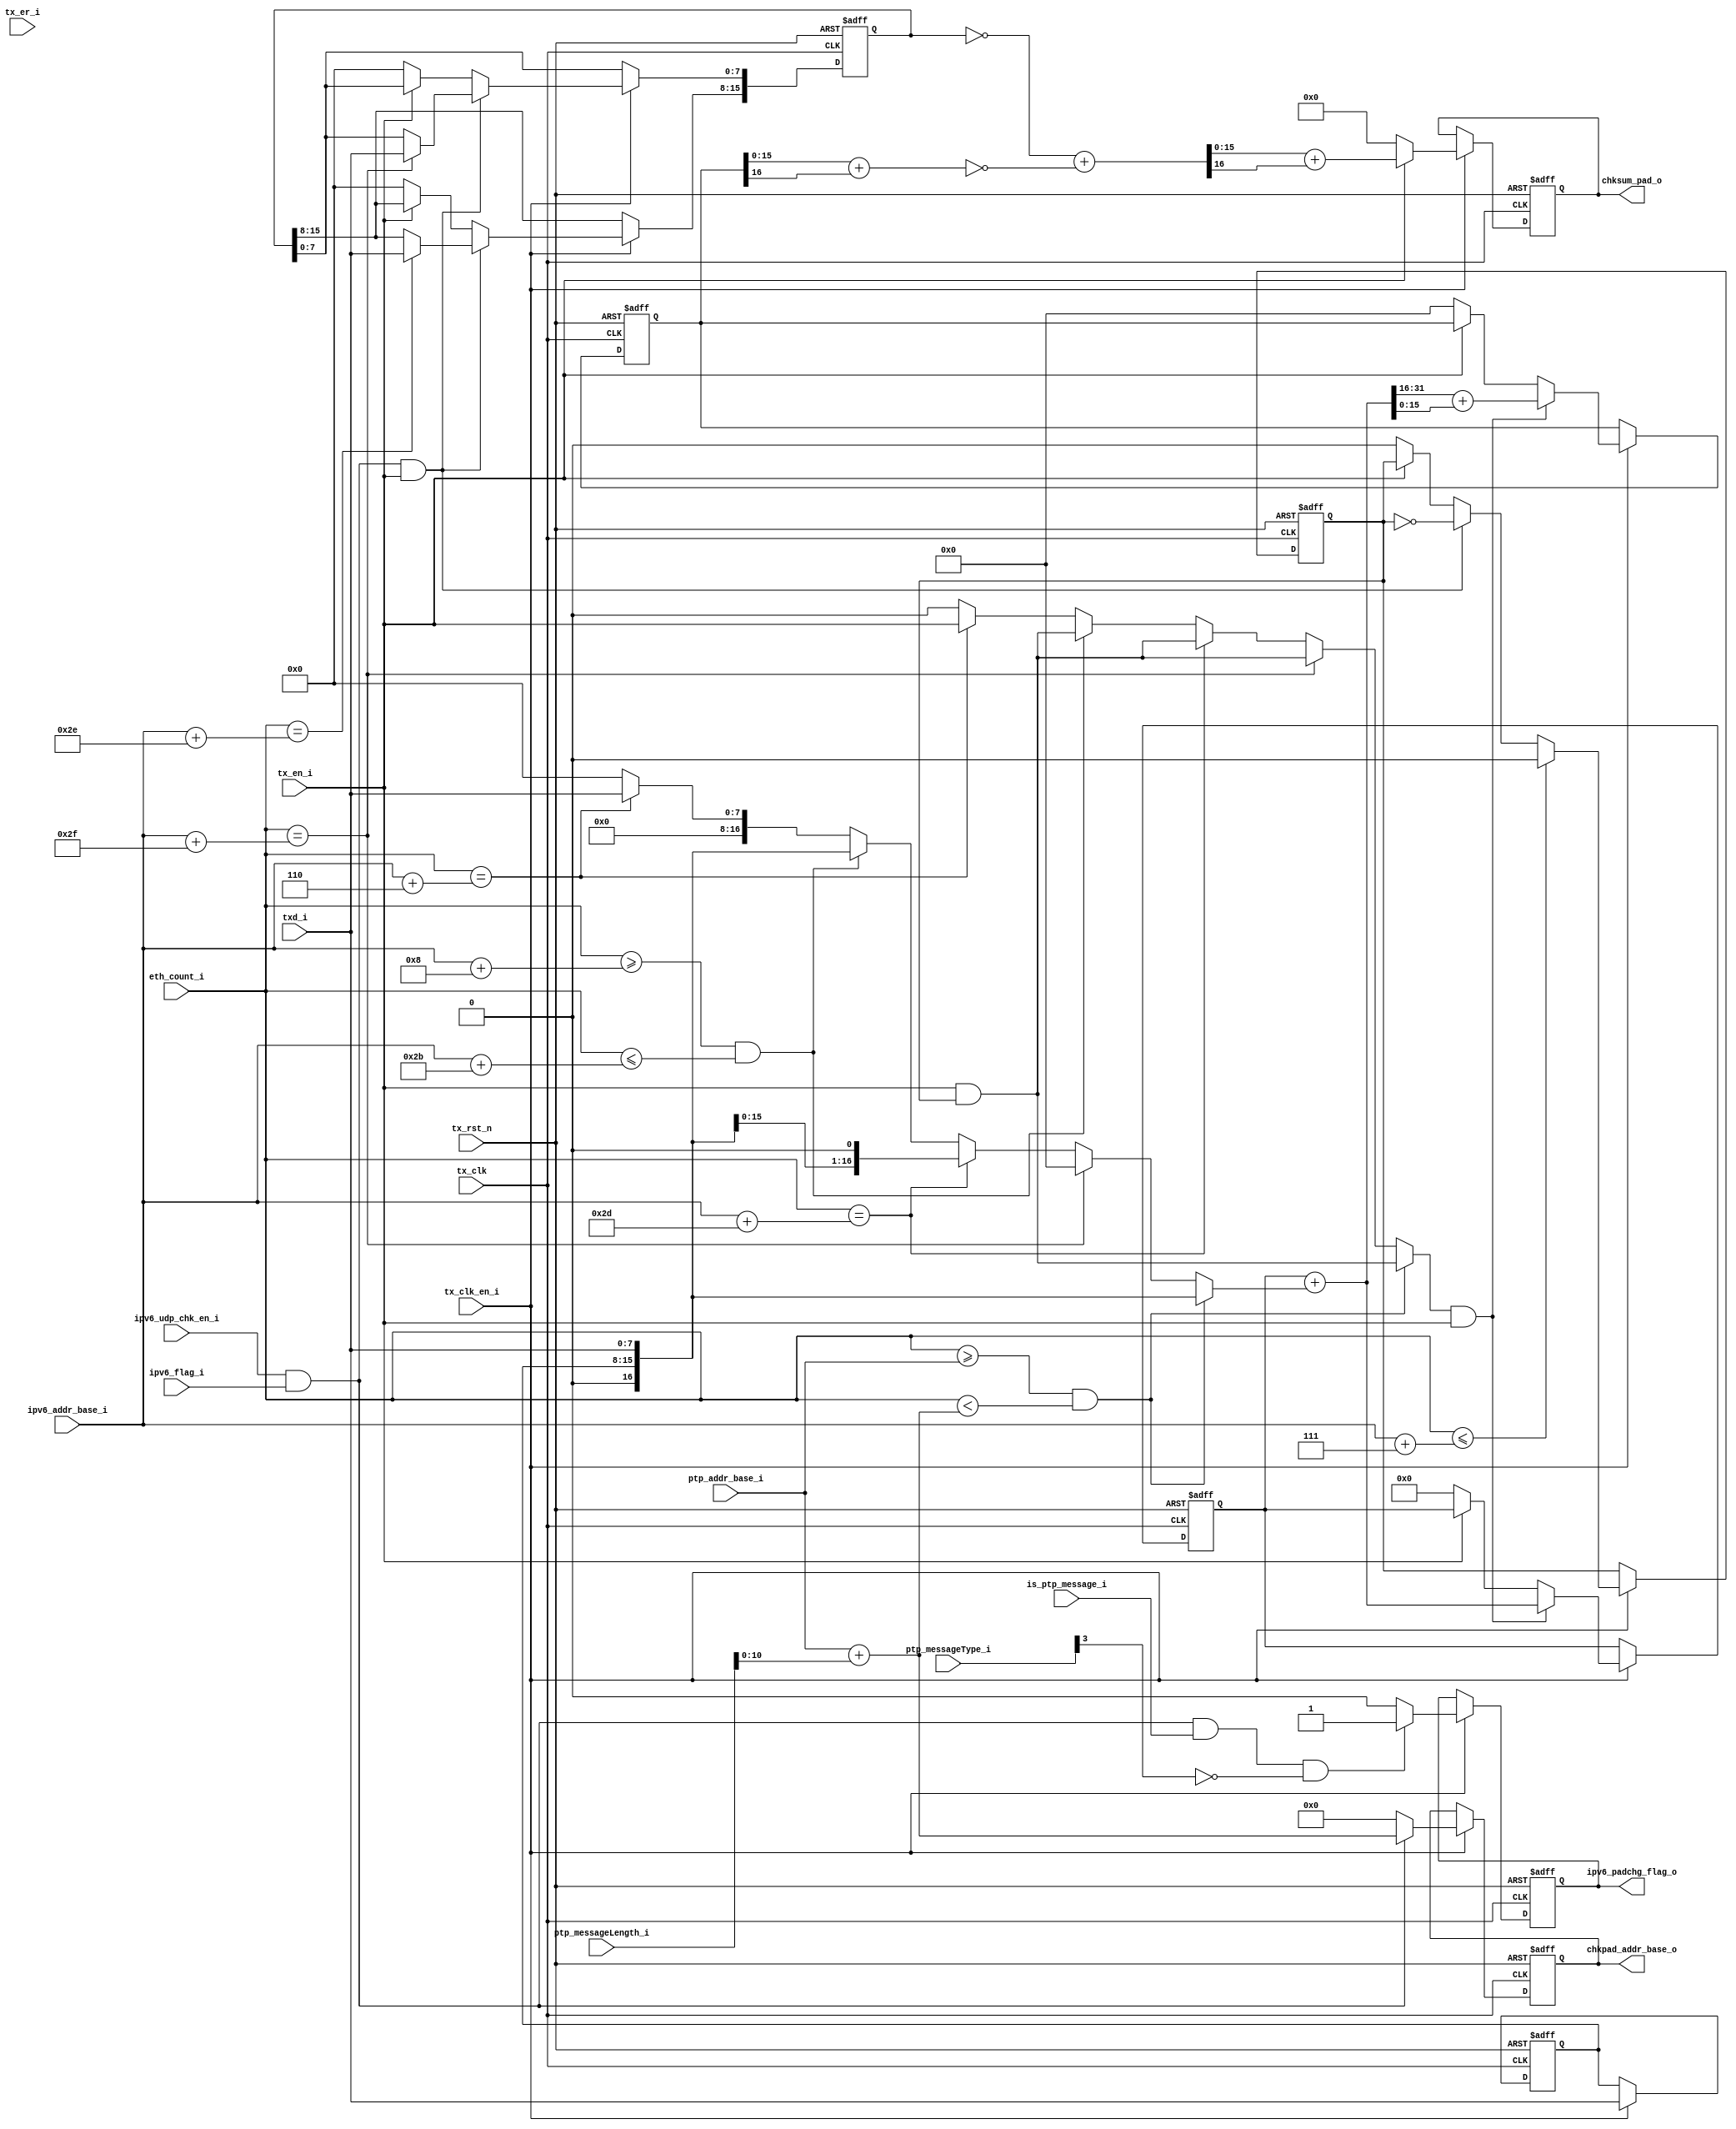
module ipv6_udp_chksum(
    input               tx_clk,
    input               tx_rst_n,              //async reset, active low
    input               tx_clk_en_i,

    input               tx_en_i, 
    input               tx_er_i,
    input  [7:0]        txd_i  ,  

    input               ipv6_udp_chk_en_i,     
    input  [10:0]       eth_count_i,
    input               ipv6_flag_i,
    input  [10:0]       ipv6_addr_base_i,
    input  [10:0]       ptp_addr_base_i,
    input               is_ptp_message_i,

    input  [15:0]       ptp_messageLength_i,
    input  [3:0]        ptp_messageType_i,

    output reg          ipv6_padchg_flag_o,   //change udp padding octets or not
    output reg [10:0]   chkpad_addr_base_o,
    output reg [15:0]   chksum_pad_o
);
    wire  chksum_calc_en = ipv6_udp_chk_en_i & ipv6_flag_i;

    //++
    //get udp header identifications
    //--
    reg   [15:0]    udp_sourcePort;
    reg   [15:0]    udp_destinationPort;
    reg   [15:0]    udp_length;
    reg   [15:0]    udp_chksum;

    always @(posedge tx_clk or negedge tx_rst_n) begin
        if(!tx_rst_n) begin
            udp_sourcePort       <= 16'h0;
            udp_destinationPort  <= 16'h0;
            udp_length           <= 16'h0;
            udp_chksum           <= 16'h0;
        end
        else if(tx_clk_en_i) begin
            if(chksum_calc_en == 1'b1 && tx_en_i == 1'b1) begin
                if(eth_count_i == ipv6_addr_base_i+40)  udp_sourcePort[15:8] <= txd_i;
                if(eth_count_i == ipv6_addr_base_i+41)  udp_sourcePort[7:0]  <= txd_i;
                if(eth_count_i == ipv6_addr_base_i+42)  udp_destinationPort[15:8] <= txd_i;
                if(eth_count_i == ipv6_addr_base_i+43)  udp_destinationPort[7:0]  <= txd_i;
                if(eth_count_i == ipv6_addr_base_i+44)  udp_length[15:8] <= txd_i;
                if(eth_count_i == ipv6_addr_base_i+45)  udp_length[7:0]  <= txd_i;
                if(eth_count_i == ipv6_addr_base_i+46)  udp_chksum[15:8] <= txd_i;
                if(eth_count_i == ipv6_addr_base_i+47)  udp_chksum[7:0]  <= txd_i;
            end
            else if(tx_en_i == 1'b0) begin
                udp_sourcePort       <= 16'h0;
                udp_destinationPort  <= 16'h0;
                udp_length           <= 16'h0;
                udp_chksum           <= 16'h0;
            end
        end
    end

    //++
    //calculate udp check sum, only ptp event message need this
    //message length of ptp event message is always times of 2 octets.
    //udp_checksum = ~(c+m) -->~udp_checksum+(~c) = m;
    //--
    wire   [31:0] sum_p1;
    reg    [31:0] sum;
    reg    [16:0] addend;
    reg           add_valid;
    reg           add_toggle;
    reg    [7:0]  txd_z1;

    reg    [16:0] c_p1_reg;
    wire   [15:0] c_p1;
    wire   [15:0] c_p1_inv;
    wire   [15:0] udp_chksum_inv;
    wire   [16:0] m_temp_sum;
    wire   [15:0] chksum_pad_p1;
    
    always @(posedge tx_clk or negedge tx_rst_n) begin
        if(!tx_rst_n)
            txd_z1 <= 8'h0;
        else if(tx_clk_en_i)
            txd_z1 <= txd_i;
    end

    always @(*) begin
        addend    = 17'h0;
        
        //next header and zeros (omit 16 bits zeros)
        if(eth_count_i == ipv6_addr_base_i+6)  
            addend = {9'h0, txd_i};
        
        //source address and destination address, udp source port and destinaton port
        if(eth_count_i >= (ipv6_addr_base_i+8) && eth_count_i <= (ipv6_addr_base_i+43)) 
            addend = {1'b0, txd_z1, txd_i};

        //udp length, repeat two times
        if(eth_count_i == (ipv6_addr_base_i+45)) 
            addend = {txd_z1, txd_i, 1'b0};

        //udp check sum, set to zero
        if(eth_count_i == (ipv6_addr_base_i+47)) 
            addend = 17'h0;

        //udp data, until reach the udp padding octets
        if(eth_count_i >= ptp_addr_base_i && eth_count_i < (ptp_addr_base_i+ptp_messageLength_i[10:0])) 
            addend = {1'b0, txd_z1, txd_i};
    end

    always @(posedge tx_clk or negedge tx_rst_n) begin
        if(!tx_rst_n)
            add_toggle <= 0;
        else if(tx_clk_en_i) begin
            if(eth_count_i <= (ipv6_addr_base_i+7))
                add_toggle <= 0;
            else if(chksum_calc_en == 1'b1 && tx_en_i == 1'b1)
                add_toggle <= ~add_toggle;
            else if(tx_en_i == 1'b0)
                add_toggle <= 0;
        end
    end

    always @(*) begin
        add_valid = 0;

        //next header and zeros (omit 16 bits)
        if(eth_count_i == ipv6_addr_base_i+6)  
            add_valid = tx_en_i;
        
        //source address and destination address, udp source port and destinaton port
        if(eth_count_i >= (ipv6_addr_base_i+8) && eth_count_i <= (ipv6_addr_base_i+43)) 
            add_valid = (tx_en_i & add_toggle);

        //udp length, repeat two times
        if(eth_count_i == (ipv6_addr_base_i+45)) 
            add_valid = (tx_en_i & add_toggle);

        //udp check sum, set to zero
        if(eth_count_i == (ipv6_addr_base_i+47)) 
            add_valid = (tx_en_i & add_toggle);

        //udp data, until reach the udp padding octets
        if(eth_count_i >= ptp_addr_base_i && eth_count_i < (ptp_addr_base_i+ptp_messageLength_i[10:0])) 
            add_valid = (tx_en_i & add_toggle);
    end

    assign sum_p1 = sum + {15'h0, addend};

    always @(posedge tx_clk or negedge tx_rst_n) begin
        if(!tx_rst_n) 
            sum <= 32'h0;
        else if(tx_clk_en_i) begin
            if(add_valid == 1'b1 && tx_en_i == 1'b1)
                sum <= sum_p1;
            else if(tx_en_i == 1'b0) 
                sum <= 32'h0;
        end
    end

    //compute checksum padding octets, one's complement
    always @(posedge tx_clk or negedge tx_rst_n) begin
        if(!tx_rst_n) 
            c_p1_reg <= 17'h0;
        else if(tx_clk_en_i) begin
            if(add_valid == 1'b1 && tx_en_i == 1'b1)
                c_p1_reg <= {1'b0, sum_p1[31:16]} + {1'b0, sum_p1[15:0]};
            else if(tx_en_i == 1'b0) 
                c_p1_reg <= 17'h0;
        end
    end

    //c_p1[15:0] = sum[31:16] + sum[15:0];
    assign c_p1[15:0] = c_p1_reg[15:0] + {15'b0, c_p1_reg[16]};
    assign c_p1_inv[15:0] = ~c_p1[15:0];

    assign udp_chksum_inv[15:0] = ~udp_chksum[15:0];
    assign m_temp_sum[16:0] = {1'b0, udp_chksum_inv[15:0]} + {1'b0, c_p1_inv[15:0]};
    assign chksum_pad_p1[15:0] = m_temp_sum[15:0] + {15'b0, m_temp_sum[16]};

    always @(posedge tx_clk or negedge tx_rst_n) begin
        if(!tx_rst_n) 
            chksum_pad_o <= 16'h0;
        else if(tx_clk_en_i) begin
            if(tx_en_i == 1'b1)
                chksum_pad_o <= chksum_pad_p1;
            else if(tx_en_i == 1'b0)
                chksum_pad_o <= 16'h0;
        end
    end

    //base address of ipv6 udp padding octets 
    always @(posedge tx_clk or negedge tx_rst_n) begin
        if(!tx_rst_n)
            chkpad_addr_base_o <= 11'h0;
        else if(tx_clk_en_i) begin
            if(chksum_calc_en == 1'b1)
                chkpad_addr_base_o <= ptp_addr_base_i + ptp_messageLength_i[10:0];
            else
                chkpad_addr_base_o <= 11'h0;
        end
    end

    //change flag of padding octets
    always @(posedge tx_clk or negedge tx_rst_n) begin
        if(!tx_rst_n)
            ipv6_padchg_flag_o <= 0;
        else if(tx_clk_en_i) begin
            if(chksum_calc_en == 1'b1 && is_ptp_message_i == 1'b1 && ptp_messageType_i[3] == 1'b0)
                ipv6_padchg_flag_o <= 1;
            else
                ipv6_padchg_flag_o <= 0;
        end
    end

endmodule